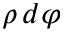
\rho \, d \varphi